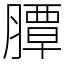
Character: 䐺